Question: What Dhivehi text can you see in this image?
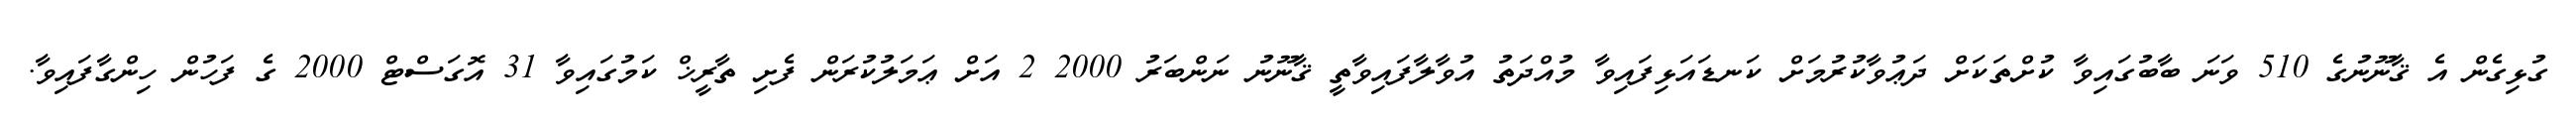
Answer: ގުޅިގެން އެ ޤާނޫނުގެ 510 ވަނަ ބާބުގައިވާ ކުށްތަކަށް ދަޢުވާކުރުމަށް ކަނޑައަޅިފައިވާ މުއްދަތު އުވާލާފައިވާތީ ޤާނޫނު ނަންބަރު 2000 2 އަށް ޢަމަލުކުރަން ފެށި ތާރީޚް ކަމުގައިވާ 31 އޮގަސްޓް 2000 ގެ ފަހުން ހިންގާފައިވާ.